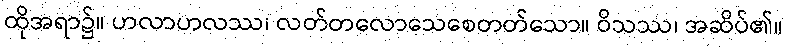
ထိုအရာ၌။ ဟလာဟလဿ၊ လတ်တလောသေစေတတ်သော။ ဝိသဿ၊ အဆိပ်၏။